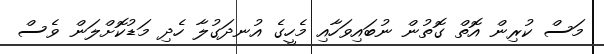
މަސް ކުރިން އޮތް ގޮތުން ނުބައިވަހާއި މެހީގެ އުނދަގުލާ ހެދި މަޑުކޮށްލަން ވެސް